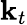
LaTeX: \mathbf{k}_{t}